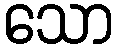
သော